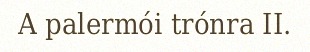
A palermói trónra II.